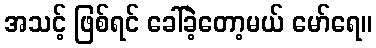
အသင့် ဖြစ်ရင် ခေါ်ခဲ့တော့မယ် မော်ရေ။